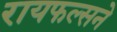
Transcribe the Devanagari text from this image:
रायफल्सने